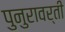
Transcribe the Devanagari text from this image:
पुनुरावर्ती